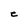
Character: C